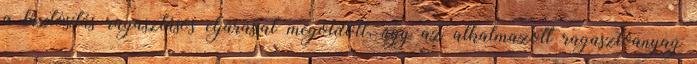
a biztosítás ragasztásos eljárással megoldott, úgy az alkalmazott ragasztóanyag